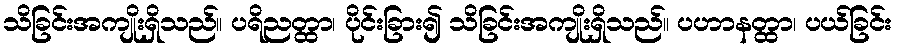
သိခြင်းအကျိုးရှိသည်။ ပရိညတ္ထာ၊ ပိုင်းခြား၍ သိခြင်းအကျိုးရှိသည်။ ပဟာနတ္ထာ၊ ပယ်ခြင်း